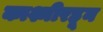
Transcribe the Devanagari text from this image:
काश्मीरहून